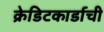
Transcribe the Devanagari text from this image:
क्रेडिटकार्डाची